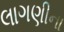
લાગણીના